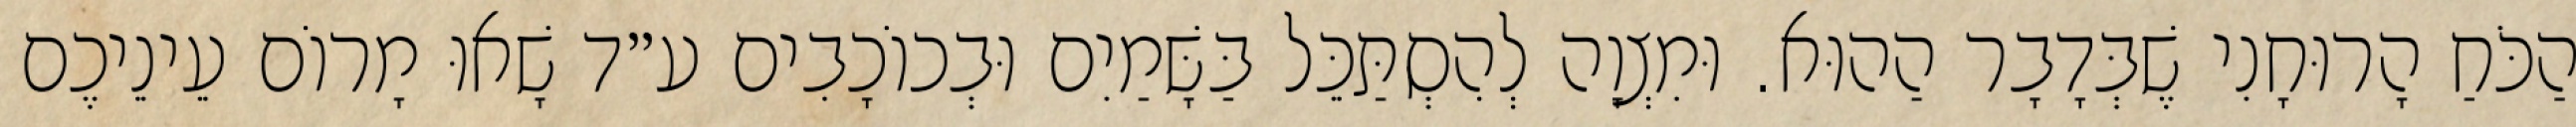
הַכֹּחַ הָרוּחָנִי שֶׁבְּדָבָר הַהוּא. וּמִצְוָה לְהִסְתַּכֵּל בַּשָּׁמַיִם וּבְכוֹכָבִים ע״ד שָׁאוּ מָרוֹם עֵינֵיכֶם